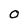
Character: O